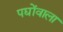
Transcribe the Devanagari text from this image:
पद्योंवाला